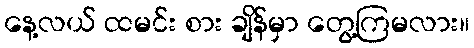
နေ့လယ် ထမင်း စား ချိန်မှာ တွေ့ကြမလား။